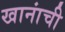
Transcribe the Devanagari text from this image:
खानांची